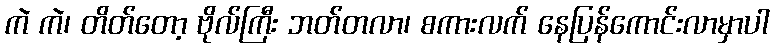
ကဲ ကဲ၊ တိတ်တော့ ဗိုလ်ကြီး ဘတ်တလာ၊ စကားလက် နေပြန်ကောင်းလာမှာပါ